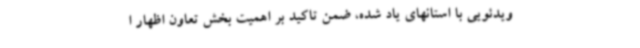
ویدئویی با استانهای یاد شده، ضمن تاکید بر اهمیت بخش تعاون اظهار ا